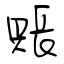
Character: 賬